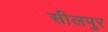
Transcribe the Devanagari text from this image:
सीलपुर